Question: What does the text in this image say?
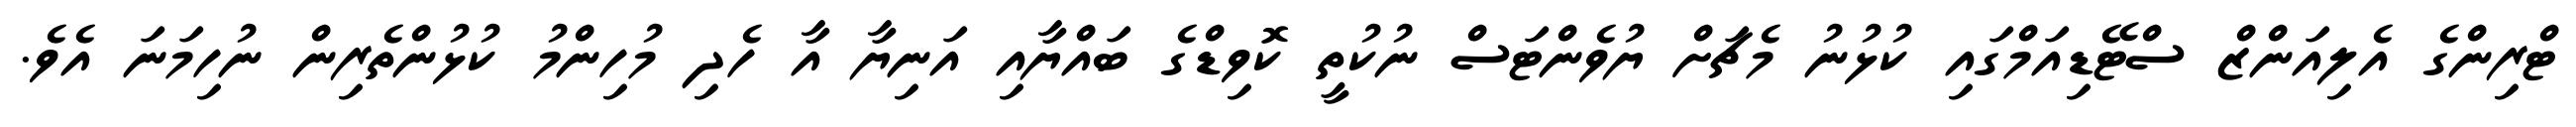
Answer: ޓްރިންގެ އެލިއަންޒް ސްޓޭޑިއަމްގައި ކުޅުނު މެޗަށް ޔުވެންޓަސް ނުކުތީ ކޮވިޑްގެ ބައްޔާއި އަނިޔާ އާ ހެދި މުހިންމު ކުޅުންތެރިން ނުހިމަނަ އެވެ.